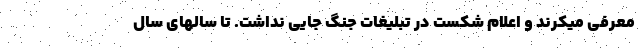
معرفی میکرند و اعلام شکست در تبلیغات جنگ جایی نداشت. تا سالهای سال